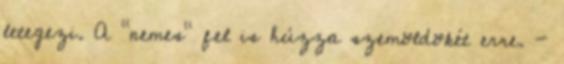
letegezi. A "nemes" fel is húzza szemöldökét erre. -